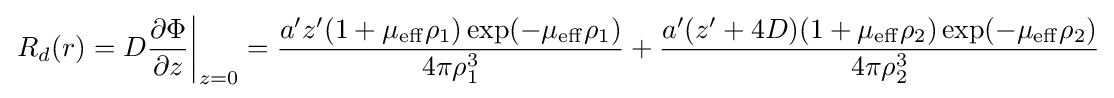
\left.R_{d}(r)=D{\frac {\partial \Phi }{\partial z}}\right|_{z=0}={\frac {a'z'(1+\mu _{\mathrm {eff} }\rho _{1})\exp(-\mu _{\mathrm {eff} }\rho _{1})}{4\pi \rho _{1}^{3}}}+{\frac {a'(z'+4D)(1+\mu _{\mathrm {eff} }\rho _{2})\exp(-\mu _{\mathrm {eff} }\rho _{2})}{4\pi \rho _{2}^{3}}}